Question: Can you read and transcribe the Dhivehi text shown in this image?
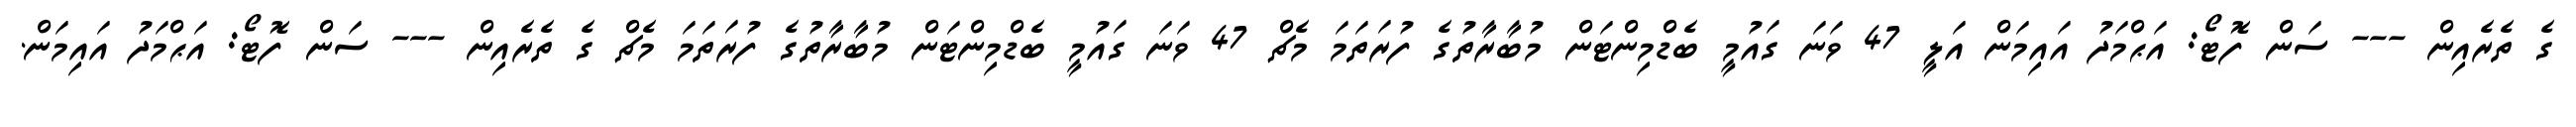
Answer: ގެ ތެރެއިން --- ސަން ފޮޓޯ: އަޙްމަދު އައިމަން އަލީ 47 ވަނަ ގައުމީ ބެޑްމިންޓަން މުބާރާތުގެ ފުރަތަމަ މެޗް 47 ވަނަ ގައުމީ ބެޑްމިންޓަން މުބާރާތުގެ ފުރަތަމަ މެޗް ގެ ތެރެއިން --- ސަން ފޮޓޯ: އަޙްމަދު އައިމަން.